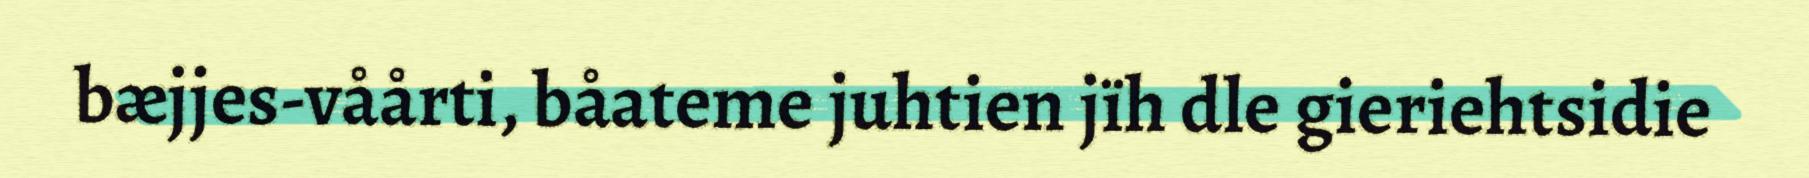
bæjjes-våårti, båateme juhtien jïh dle gieriehtsidie